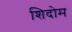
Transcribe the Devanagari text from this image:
शिदोम